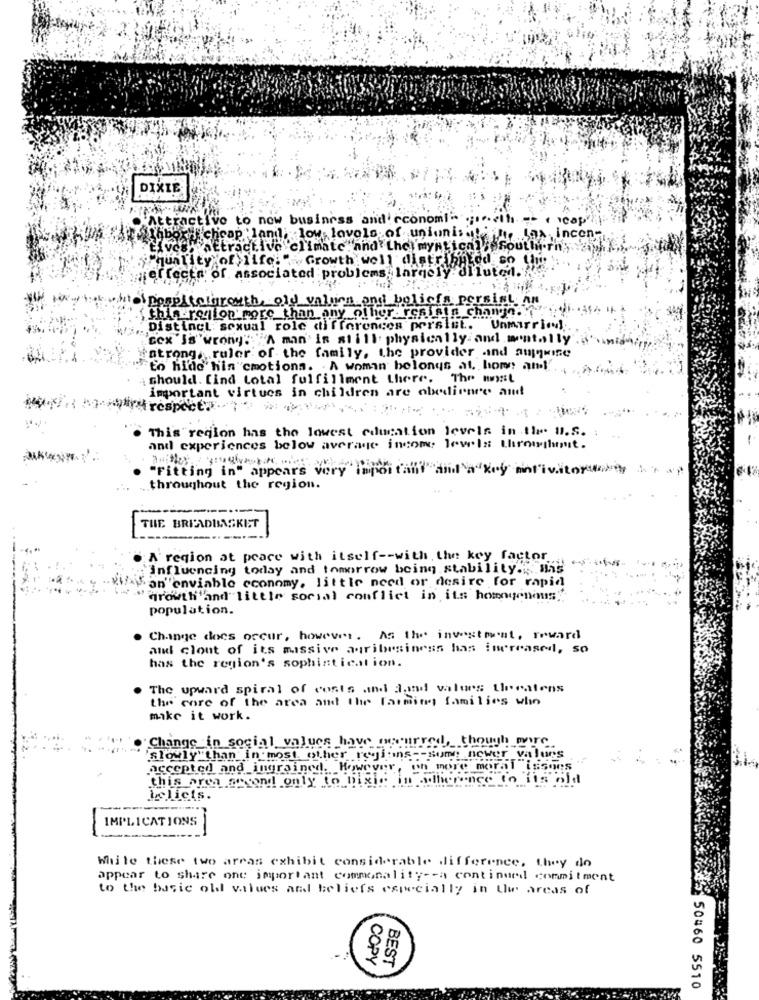
DIXIE
ttractivo
to
business and economi"
cheap'!
low levels of uniunis
.SOA.incon-
tives. attractive climate and thel myntich]
"quality of life:"
Growth well distributed so ti
perfecta of associated problems largely diluted.
kto ppspitelarouth, old values and bolisfs pers
this region more than any other resinin change.
Distinct sexual role differences persist. Unmarried.
"cex "Is"wrong"" ""A man' is still. physically. and mentally"
atrong, ruler of the family, the provider .ind amywine
to hide hin cmotions. A woman belongs at home and
should. [ind total fulfillment there. The mwst
important virtues in children are obedience and
This region has the lowest education levels in the u.s.
-
and experiences below average income lewis throwshuit.
"Fitting in" appears very importall and a key antivitoriaty stap
throughout the region.
THE BREADBASKIST
. A region at peace with itself -- with. the key factor
# influencing today and tomorrow being stability.", mig
.. xW/\"an"enviable economy, little need or desire for rapid
growth"and" little social conflict in its homogenemus
population.
Change does occur, however. As the investment, reward
and clout of its massive agribrsiness has increased, so
has the region's sophistication.
. The upward spiral of costs and Jand values Lleratens
the core of the area and the farming families who
make it work.
"Change in social values have occurred, though more
'slowly"than'in most other reitins -- sume newer_values
Accepted and ingrained. However, on more moral issues
this area second only to bigle in difference to His old
ILicts.
IMPLICATIONS
While these two arras exhibit considerable difference. they do
appear to share one important communality -- a continued commitment
to the basic old values and beliefs especially in the areas of
COPY
BEST
50460 5510